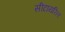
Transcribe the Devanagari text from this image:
सीटायरिल